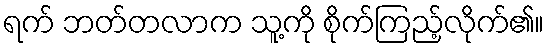
ရက် ဘတ်တလာက သူ့ကို စိုက်ကြည့်လိုက်၏။